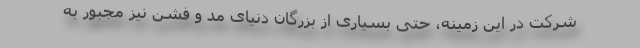
شرکت در این زمینه، حتی بسیاری از بزرگان دنیای مد و فشن نیز مجبور به